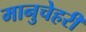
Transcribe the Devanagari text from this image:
मानुचेहरी